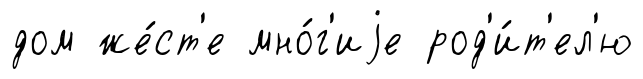
дом же́ст'е мно́г'иjе род'и́т'ел'ю